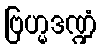
ဗြဟ္မဒဏ္ဍံ